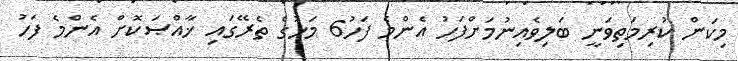
މިކަން ކުރިމަތިވަނީ ބަލިވެއިނުމަށްފަހު އެންމެ ފަހު6 މަހުގެ ތެރޭގައި ޚާއްޞަކޮށް އެންމެ ފަހު